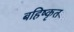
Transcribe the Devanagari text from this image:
बहिष्‍कृत